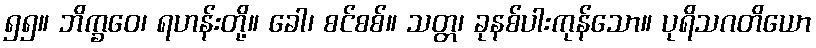
၅၅။ ဘိက္ခဝေ၊ ရဟန်းတို့။ ခေါ၊ စင်စစ်။ သတ္တ၊ ခုနစ်ပါးကုန်သော။ ပုရိသဂတိယော